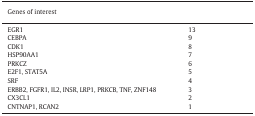
<table><thead><tr><td><b>Genes of interest</b></td><td>[EMPTY_CELL]</td></tr></thead><tbody><tr><td>EGR1</td><td>13</td></tr><tr><td>CEBPA</td><td>9</td></tr><tr><td>CDK1</td><td>8</td></tr><tr><td>HSP90AA1</td><td>7</td></tr><tr><td>PRKCZ</td><td>6</td></tr><tr><td>E2F1, STAT5A</td><td>5</td></tr><tr><td>SRF</td><td>4</td></tr><tr><td>ERBB2, FGFR1, IL2, INSR, LRP1, PRKCB, TNF, ZNF148</td><td>3</td></tr><tr><td>CX3CL1</td><td>2</td></tr><tr><td>CNTNAP1, RCAN2</td><td>1</td></tr></tbody></table>